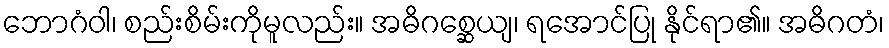
ဘောဂံဝါ၊ စည်းစိမ်းကိုမူလည်း။ အဓိဂစ္ဆေယျ၊ ရအောင်ပြု နိုင်ရာ၏။ အဓိဂတံ၊